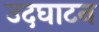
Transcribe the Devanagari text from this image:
उदघाटन